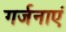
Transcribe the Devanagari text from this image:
गर्जनाएं